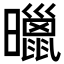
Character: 𣋲